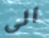
الى